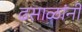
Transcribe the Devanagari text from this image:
ढसाळांनी